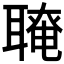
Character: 𦗆